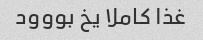
غذا کاملا یخ بووود